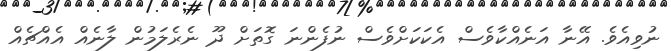
ނުވިއެވެ. އޭނާ އަނެއްކާވެސް އެކަކަށްވެސް ނުފެންނަ ގޮތަށް ދޫ ނެރެލަމުން ލާނެއް އެއްޗެއް